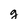
Character: g